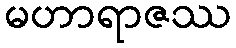
မဟာရာဇဿ